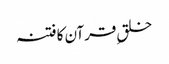
خلقِ قرآن کا فتنہ